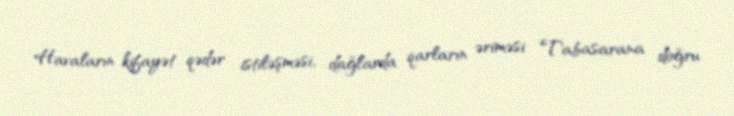
Havaların kifayət qədər istiləşməsi, dağlarda qarların əriməsi Tabasarana doğru